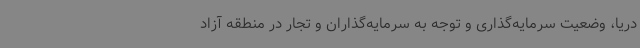
دریا، وضعیت سرمایه‌گذاری و توجه به سرمایه‌گذاران و تجار در منطقه آزاد